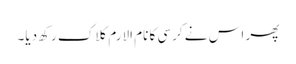
پھر اس نے کرسی کا نام الارم کلاک رکھ دیا۔